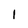
Character: 1